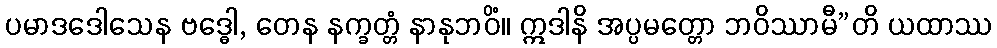
ပမာဒဒေါသေန ဗဒ္ဓေါ, တေန နက္ခတ္တံ နာနုဘဝိံ။ ဣဒါနိ အပ္ပမတ္တော ဘဝိဿာမီ”တိ ယထာဿ